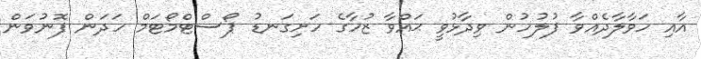
އާއި ހަވާލާދެއްވާ ފުލުހުން ވިދާޅުވީ ޙައްވާ ޒުހާގެ ހަށިގަނޑު ޕޯސްޓްމޯޓަމް ހަދަން ފޮނުވަން